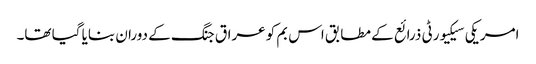
امریکی سیکیورٹی ذرائع کے مطابق اس بم کو عراق جنگ کے دوران بنایا گیا تھا۔